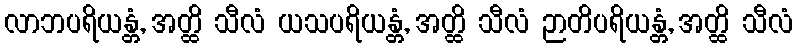
လာဘပရိယန္တံ, အတ္ထိ သီလံ ယသပရိယန္တံ, အတ္ထိ သီလံ ဉာတိပရိယန္တံ, အတ္ထိ သီလံ